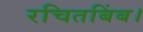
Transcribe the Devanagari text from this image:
रचितबिंब।